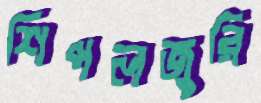
শিপলজুরি